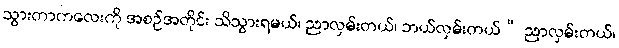
သွားတာကလေးကို အစဉ်အတိုင်း သိသွားရမယ်၊ ညာလှမ်းတယ်၊ ဘယ်လှမ်းတယ်” ညာလှမ်းတယ်၊